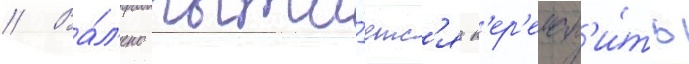
// Ва́л'ено пыта́етс'я п'ер'еман'и́ть